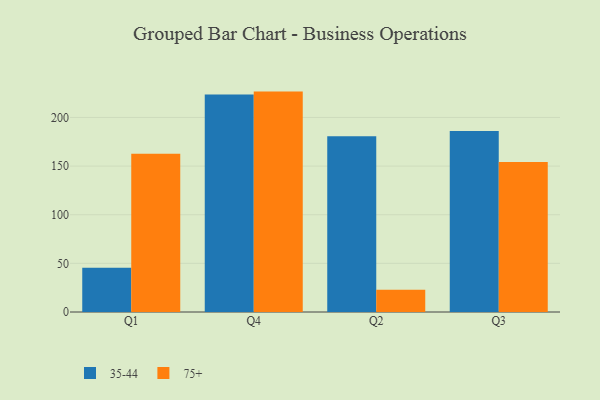
{"axis": {"x": "Quarter", "y": "Temperature (°C)"}, "legend": ["35-44", "75+"], "data": [{"x": "Q1", "y": 45.5, "type": "35-44"}, {"x": "Q1", "y": 162.8, "type": "75+"}, {"x": "Q4", "y": 223.5, "type": "35-44"}, {"x": "Q4", "y": 226.6, "type": "75+"}, {"x": "Q2", "y": 180.8, "type": "35-44"}, {"x": "Q2", "y": 23.0, "type": "75+"}, {"x": "Q3", "y": 186.2, "type": "35-44"}, {"x": "Q3", "y": 154.2, "type": "75+"}]}